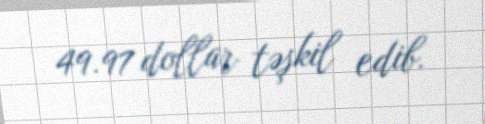
49.97 dollar təşkil edib.